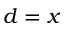
d = x